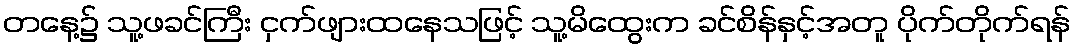
တနေ့၌ သူ့ဖခင်ကြီး ငှက်ဖျားထနေသဖြင့် သူ့မိထွေးက ခင်စိန်နှင့်အတူ ပိုက်တိုက်ရန်